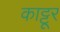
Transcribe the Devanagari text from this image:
काट्टूर